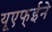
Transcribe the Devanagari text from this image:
यूएफ्ईने